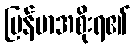
မြန်မာအစိုးရ၏